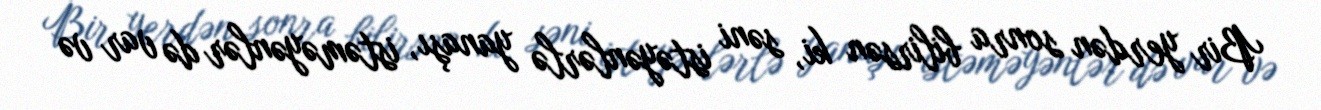
Bir yerdən sonra bilirsən ki, səni istəyənlərlə yanaşı, istəməyənlər də var və